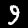
Label: 9